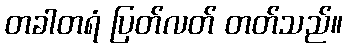
တခါတရံ ပြတ်လတ် တတ်သည်။